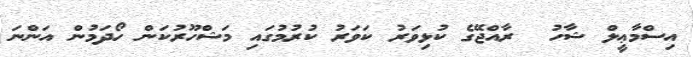
އިސްމާޢީލް ޝާހު  ރާއްޖޭގެ ކުޅިވަރު ކަވަރު ކުރުމުގައި މަޝްހޫރުކަން ހޯދަމުން އަންނަ